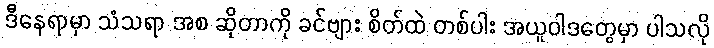
ဒီနေရာမှာ သံသရာ အစ ဆိုတာကို ခင်ဗျား စိတ်ထဲ တစ်ပါး အယူဝါဒတွေမှာ ပါသလို